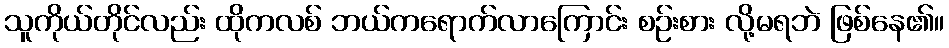
သူကိုယ်တိုင်လည်း ထိုကလစ် ဘယ်ကရောက်လာကြောင်း စဉ်းစား လို့မရဘဲ ဖြစ်နေ၏။